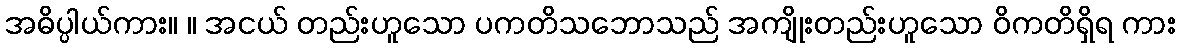
အဓိပ္ပါယ်ကား။ ။ အငယ် တည်းဟူသော ပကတိသဘောသည် အကျိုးတည်းဟူသော ဝိကတိရှိရ ကား